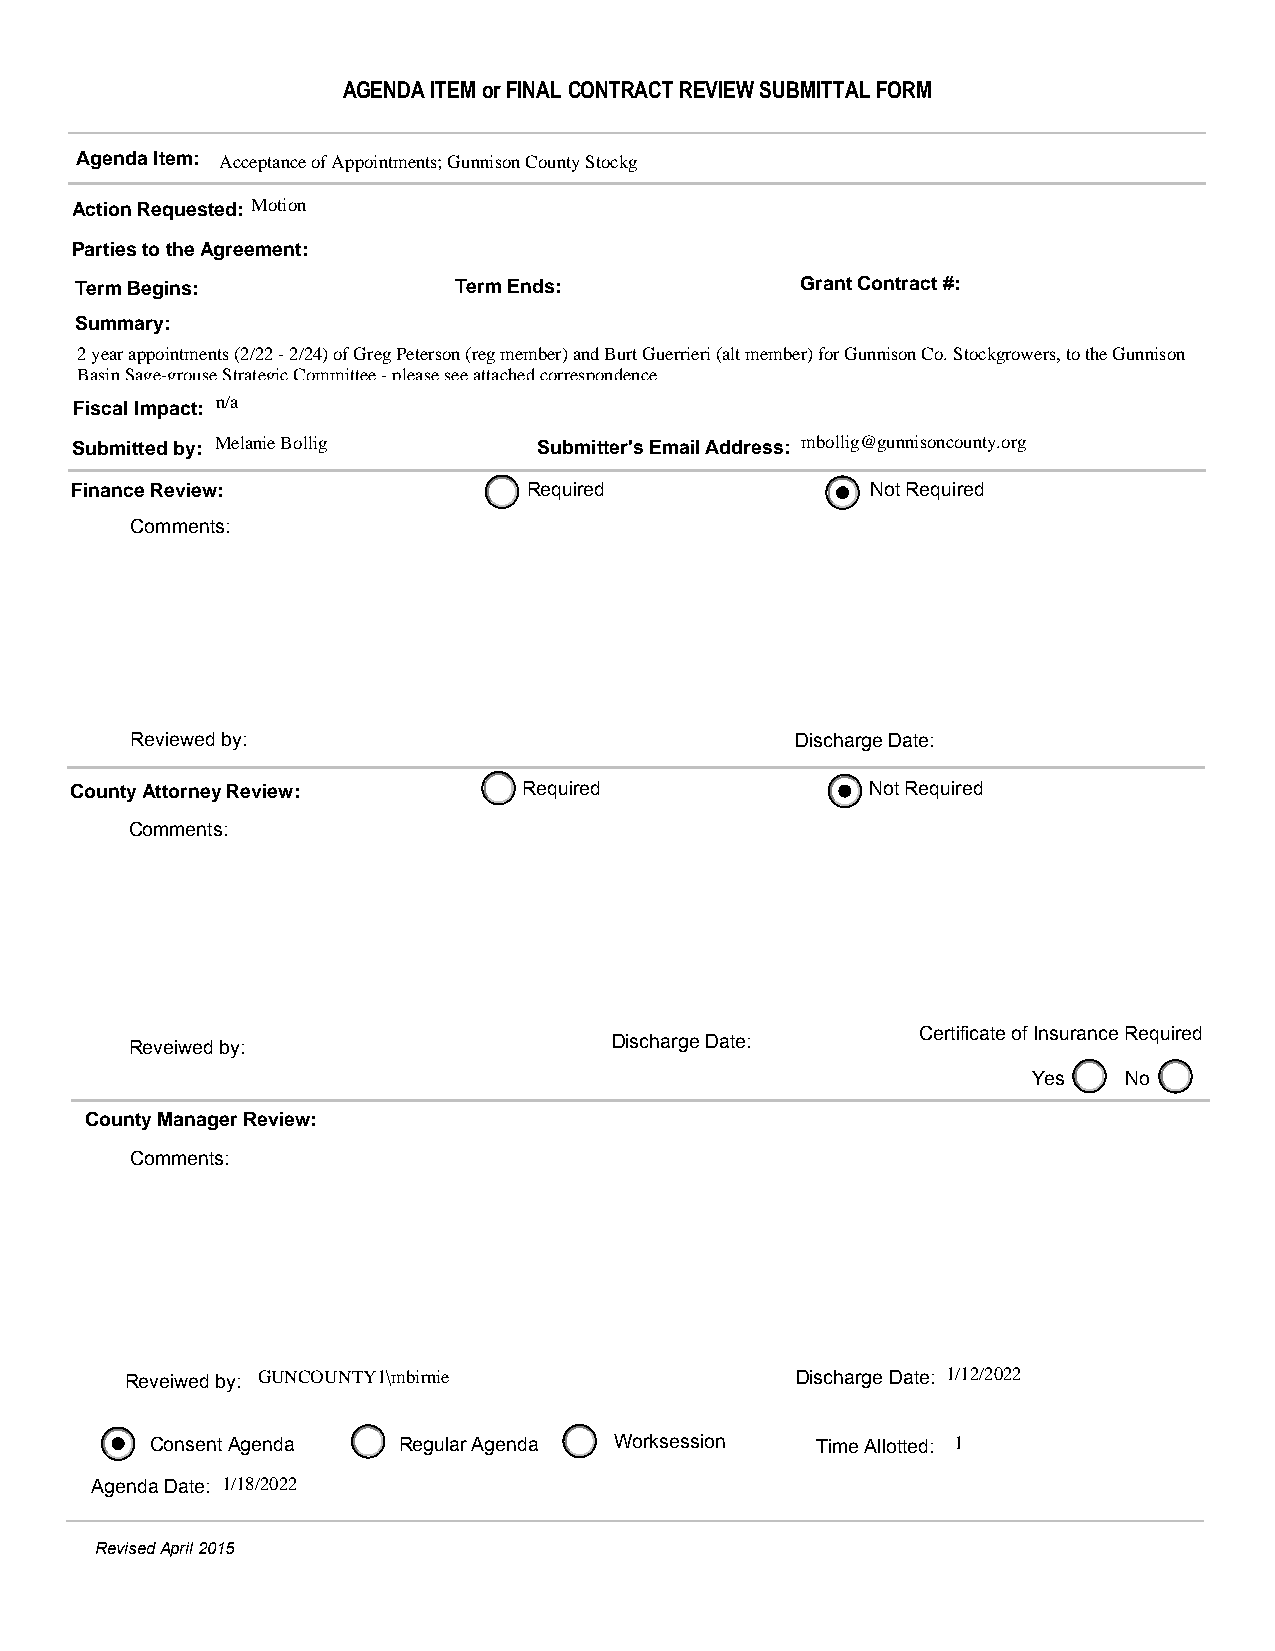
AGENDA ITEM or FINAL CONTRACT REVIEW SUBMITTAL FORM
 Agenda Item: Acceptance of Appointments; Gunnison County Stockg
 Action Requested: Motion
 Parties to the Agreement:
 Term Begins:             Term Ends:             Grant Contract #:
 Summary:
 2 year appointments (2/22 - 2/24) of Greg Peterson (reg member) and Burt Guerrieri (alt member) for Gunnison Co. Stockgrowers, to the Gunnison
 Basin Sage-grouse Strategic Committee - please see attached correspondence
 Fiscal Impact: n/a
 Submitted by: Melanie Bollig   Submitter's Email Address: mbollig@gunnisoncounty.org
 Finance Review:               Required               Not Required
 Comments:
 Reviewed by:                                Discharge Date:
 County Attorney Review:       Required               Not Required
 Comments:
 Certificate of Insurance Required
 Reveiwed by:                    Discharge Date:
 Yes   No
 County Manager Review:
 Comments:
 Reveiwed by: GUNCOUNTY1\mbirnie              Discharge Date: 1/12/2022
 Consent Agenda  Regular Agenda Worksession  Time Allotted: 1
 Agenda Date: 1/18/2022
 Revised April 2015